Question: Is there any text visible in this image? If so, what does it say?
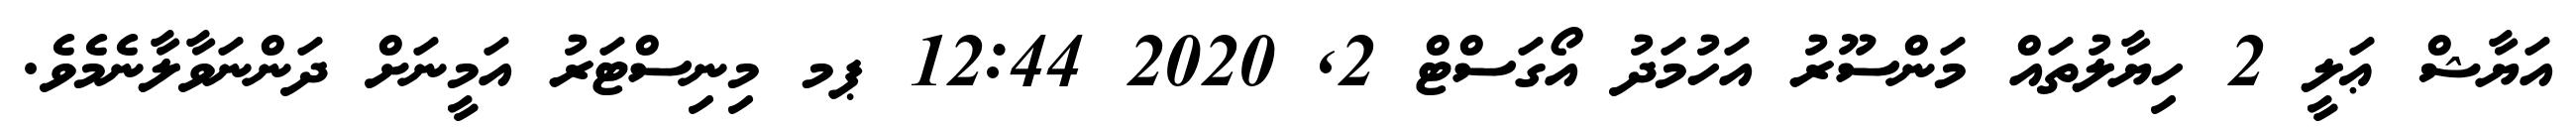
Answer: އަޔާޝް ޢަލީ 2 ހިޔާލުތައް މަންސޫރު އަހުމަދު އޯގަސްޓް 2, 2020 12:44 ޕމ މިނިސްޓަރު އަމީނަށް ދަންނަވާލާނެމެވެ.